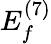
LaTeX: E_{f}^{(7)}